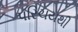
પરિચયથી